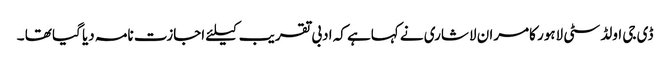
ڈی جی اولڈ سٹی لاہور کامران لاشاری نے کہاہے کہ ادبی تقریب کیلئے اجازت نامہ دیا گیا تھا ۔